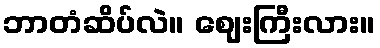
ဘာတံဆိပ်လဲ။ ဈေးကြီးလား။